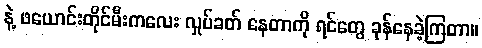
နဲ့ ဖယောင်းတိုင်မီးကလေး လှုပ်ခတ် နေတာကို ရင်တွေ ခုန်နေခဲ့ကြတာ။